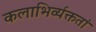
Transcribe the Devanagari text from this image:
कलाभिर्व्यक्ततां